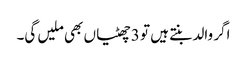
اگر والد بنتے ہیں تو 3 چھٹیاں بھی ملیں گی۔